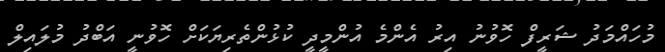
މުހައްމަދު ޝަރީފް ހޮވުނު އިރު އެންމެ އުންމީދީ ކުޅުންތެރިޔަކަށް ހޮވުނީ އަބްދު މުލައިލް